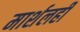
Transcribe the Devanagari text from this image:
मार्शलही